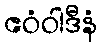
ဧဝံဝါဒီနံ